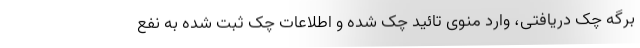
برگه چک دریافتی، وارد منوی تائید چک شده و اطلاعات چک ثبت شده به نفع